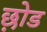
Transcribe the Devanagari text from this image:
छ़ोड